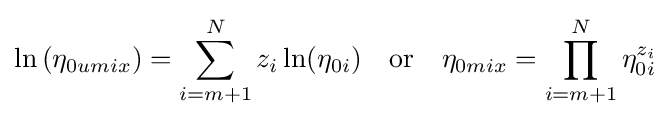
\ln \left(\eta _{0umix}\right)=\sum _{i=m+1}^{N}z_{i}\ln(\eta _{0i})\quad {\text{or}}\quad \eta _{0mix}=\prod _{i=m+1}^{N}\eta _{0i}^{z_{i}}